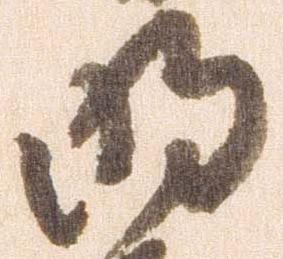
明